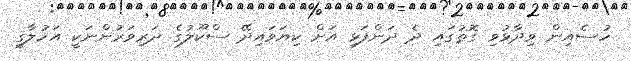
ހުސެއިން ވިދާޅުވި ގޮތުގައި ދެ ދަންފަޅި އަށް ކިޔަވައިދޭ ސްކޫލުގެ ދަރިވަރުންނަކީ އަހުލާގީ